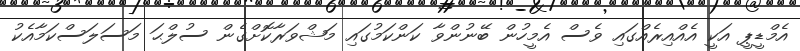
އެމްޑީޕީ އަކީ އެއްއިރެއްގައި ވެސް އެމީހުން ބޭނުންވާ ކަންކަމުގައި މަޝްވަރާކޮށްގެން ސުލްޙަ މަސަލަސްކަމާއެކު